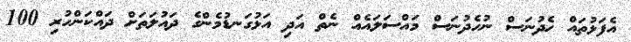
އެފަޅުތައް ހެދުނަސް ނުހެދުނަސް މައްސަލައެއް ނެތް އަދި އަޅުގަނޑުމެންގެ ދައުލަތަށް ދައްކަންހުރި 100